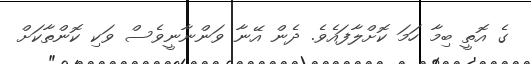
ގެ އޮތީ ބިމާ ހަމަ ކޮށްލާފައެވެ. ދެން އޭނާ ވަންނާނީވެސް ވަކި ކޮންތާކަށް